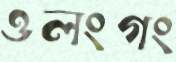
ওলংগং